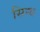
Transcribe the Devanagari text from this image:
सिन्थ